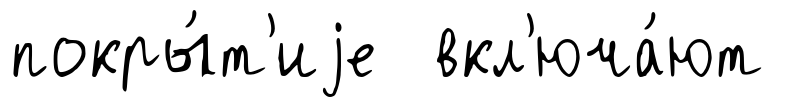
покры́т'иjе вкл'юча́ют